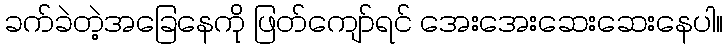
ခက်ခဲတဲ့အခြေနေကို ဖြတ်ကျော်ရင် အေးအေးဆေးဆေးနေပါ။